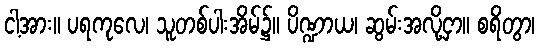
ငါ့အား။ ပရကုလေ၊ သူတစ်ပါးအိမ်၌။ ပိဏ္ဍာယ၊ ဆွမ်းအလို့ငှာ။ စရိတွာ၊